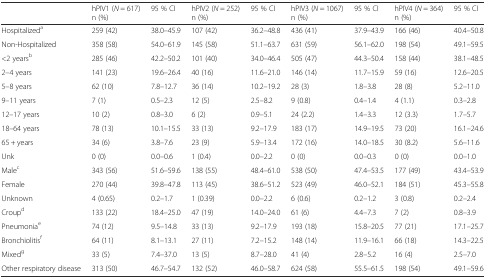
<table><thead><tr><td></td><td><b>hPIV1 (<i>N</i> = 617)n (%)</b></td><td><b>95 % CI</b></td><td><b>hPIV2 (<i>N</i> = 252)n (%)</b></td><td><b>95 % CI</b></td><td><b>hPIV3 (<i>N</i> = 1067)n (%)</b></td><td><b>95 % CI</b></td><td><b>hPIV4 (<i>N</i> = 364)n (%)</b></td><td><b>95 % CI</b></td></tr></thead><tbody><tr><td>Hospitalized<sup>a</sup></td><td>259 (42)</td><td>38.0–45.9</td><td>107 (42)</td><td>36.2–48.8</td><td>436 (41)</td><td>37.9–43.9</td><td>166 (46)</td><td>40.4–50.8</td></tr><tr><td>Non-Hospitalized</td><td>358 (58)</td><td>54.0–61.9</td><td>145 (58)</td><td>51.1–63.7</td><td>631 (59)</td><td>56.1–62.0</td><td>198 (54)</td><td>49.1–59.5</td></tr><tr><td>&lt;2 years<sup>b</sup></td><td>285 (46)</td><td>42.2–50.2</td><td>101 (40)</td><td>34.0–46.4</td><td>505 (47)</td><td>44.3–50.4</td><td>158 (44)</td><td>38.1–48.5</td></tr><tr><td>2–4 years</td><td>141 (23)</td><td>19.6–26.4</td><td>40 (16)</td><td>11.6–21.0</td><td>146 (14)</td><td>11.7–15.9</td><td>59 (16)</td><td>12.6–20.5</td></tr><tr><td>5–8 years</td><td>62 (10)</td><td>7.8–12.7</td><td>36 (14)</td><td>10.2–19.2</td><td>28 (3)</td><td>1.8–3.8</td><td>28 (8)</td><td>5.2–11.0</td></tr><tr><td>9–11 years</td><td>7 (1)</td><td>0.5–2.3</td><td>12 (5)</td><td>2.5–8.2</td><td>9 (0.8)</td><td>0.4–1.4</td><td>4 (1.1)</td><td>0.3–2.8</td></tr><tr><td>12–17 years</td><td>10 (2)</td><td>0.8–3.0</td><td>6 (2)</td><td>0.9–5.1</td><td>24 (2.2)</td><td>1.4–3.3</td><td>12 (3.3)</td><td>1.7–5.7</td></tr><tr><td>18–64 years</td><td>78 (13)</td><td>10.1–15.5</td><td>33 (13)</td><td>9.2–17.9</td><td>183 (17)</td><td>14.9–19.5</td><td>73 (20)</td><td>16.1–24.6</td></tr><tr><td>65 + years</td><td>34 (6)</td><td>3.8–7.6</td><td>23 (9)</td><td>5.9–13.4</td><td>172 (16)</td><td>14.0–18.5</td><td>30 (8.2)</td><td>5.6–11.6</td></tr><tr><td>Unk</td><td>0 (0)</td><td>0.0–0.6</td><td>1 (0.4)</td><td>0.0–2.2</td><td>0 (0)</td><td>0.0–0.3</td><td>0 (0)</td><td>0.0–1.0</td></tr><tr><td>Male<sup>c</sup></td><td>343 (56)</td><td>51.6–59.6</td><td>138 (55)</td><td>48.4–61.0</td><td>538 (50)</td><td>47.4–53.5</td><td>177 (49)</td><td>43.4–53.9</td></tr><tr><td>Female</td><td>270 (44)</td><td>39.8–47.8</td><td>113 (45)</td><td>38.6–51.2</td><td>523 (49)</td><td>46.0–52.1</td><td>184 (51)</td><td>45.3–55.8</td></tr><tr><td>Unknown</td><td>4 (0.65)</td><td>0.2–1.7</td><td>1 (0.39)</td><td>0.0–2.2</td><td>6 (0.6)</td><td>0.2–1.2</td><td>3 (0.8)</td><td>0.2–2.4</td></tr><tr><td>Croup<sup>d</sup></td><td>133 (22)</td><td>18.4–25.0</td><td>47 (19)</td><td>14.0–24.0</td><td>61 (6)</td><td>4.4–7.3</td><td>7 (2)</td><td>0.8–3.9</td></tr><tr><td>Pneumonia<sup>e</sup></td><td>74 (12)</td><td>9.5–14.8</td><td>33 (13)</td><td>9.2–17.9</td><td>193 (18)</td><td>15.8–20.5</td><td>77 (21)</td><td>17.1–25.7</td></tr><tr><td>Bronchiolitis<sup>f</sup></td><td>64 (11)</td><td>8.1–13.1</td><td>27 (11)</td><td>7.2–15.2</td><td>148 (14)</td><td>11.9–16.1</td><td>66 (18)</td><td>14.3–22.5</td></tr><tr><td>Mixed<sup>g</sup></td><td>33 (5)</td><td>7.4–37.0</td><td>13 (5)</td><td>8.7–28.0</td><td>41 (4)</td><td>2.8–5.2</td><td>16 (4)</td><td>2.5–7.0</td></tr><tr><td>Other respiratory disease</td><td>313 (50)</td><td>46.7–54.7</td><td>132 (52)</td><td>46.0–58.7</td><td>624 (58)</td><td>55.5–61.5</td><td>198 (54)</td><td>49.1–59.6</td></tr></tbody></table>